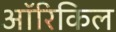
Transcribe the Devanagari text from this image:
ऑरिकिल